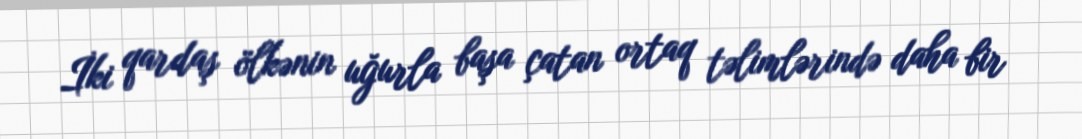
İki qardaş ölkənin uğurla başa çatan ortaq təlimlərində daha bir